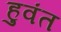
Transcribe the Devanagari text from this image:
हुवंत